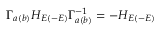
\Gamma _ { a ( b ) } H _ { E ( - E ) } \Gamma _ { a ( b ) } ^ { - 1 } = - H _ { E ( - E ) }